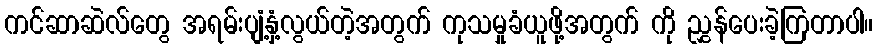
ကင်ဆာဆဲလ်တွေ အရမ်းပျံ့နှံ့လွယ်တဲ့အတွက် ကုသမှုခံယူဖို့အတွက် ကို ညွှန်ပေးခဲ့ကြတာပါ။